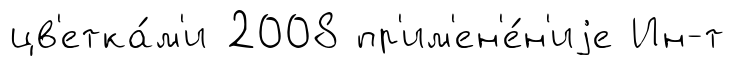
цв'етка́м'и 2008 пр'им'ен'е́н'иjе Ин-т